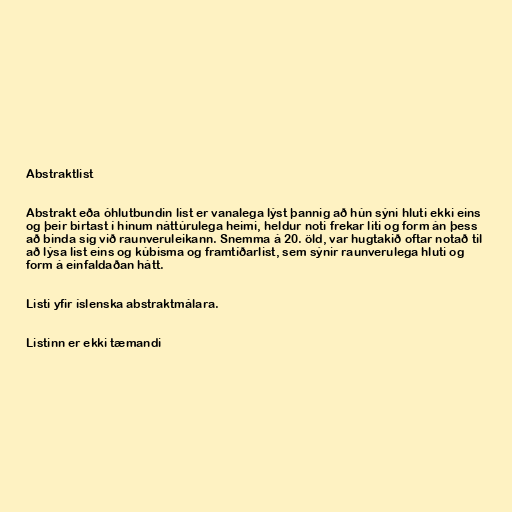
Abstraktlist

Abstrakt eða óhlutbundin list er vanalega lýst þannig að hún sýni hluti ekki eins
og þeir birtast í hinum náttúrulega heimi, heldur noti frekar liti og form án þess
að binda sig við raunveruleikann. Snemma á 20. öld, var hugtakið oftar notað til
að lýsa list eins og kúbisma og framtíðarlist, sem sýnir raunverulega hluti og
form á einfaldaðan hátt.

Listi yfir íslenska abstraktmálara.

Listinn er ekki tæmandi